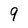
Character: 9